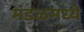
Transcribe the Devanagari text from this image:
मंडळमध्ये